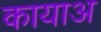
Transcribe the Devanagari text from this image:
कायाअ